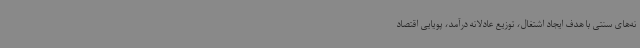
نه‌های سنتی با هدف ایجاد اشتغال، توزیع عادلانه درآمد، پویایی اقتصاد